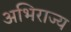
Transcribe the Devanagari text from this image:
अभिराज्य